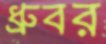
ধ্রুবর